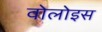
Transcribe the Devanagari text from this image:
वोलोइस